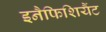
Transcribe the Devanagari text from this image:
इनैफिशियैंट